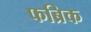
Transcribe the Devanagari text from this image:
फब्रिक